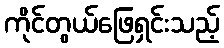
ကိုင်တွယ်ဖြေရှင်းသည့်